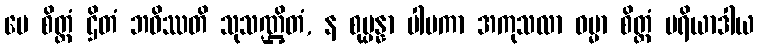
မေ စိတ္တံ ဌိတံ ဘဝိဿတိ သုသဏ္ဌိတံ, န စုပ္ပန္နာ ပါပကာ အကုသလာ ဓမ္မာ စိတ္တံ ပရိယာဒါယ